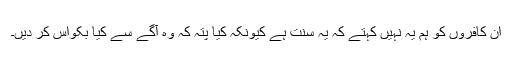
ان کافروں کو ہم یہ نہیں کہتے کہ یہ سنت ہے کیونکہ کیا پتہ کہ وہ آگے سے کیا بکواس کر دیں۔